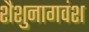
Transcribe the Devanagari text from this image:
शैशुनागवंश